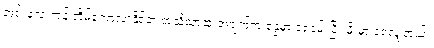
အင်းလေးကန် တိမ်ကောလာနိုင်တဲ့ အသိသာဆုံးအချက်က နွေမှာ ရေခမ်းပြီး မိုးမှာ ရေလျှံတယ်။